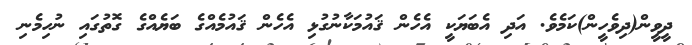
ދީވީން(ދިވެހީން)ކަމެވެ. އަދި އެބަޔަކީ އެހެން ޤައުމަކާނުގުޅި އެހެން ޤައުމެއްގެ ބަޔެއްގެ ގޮތުގައި ނުހިމެނި